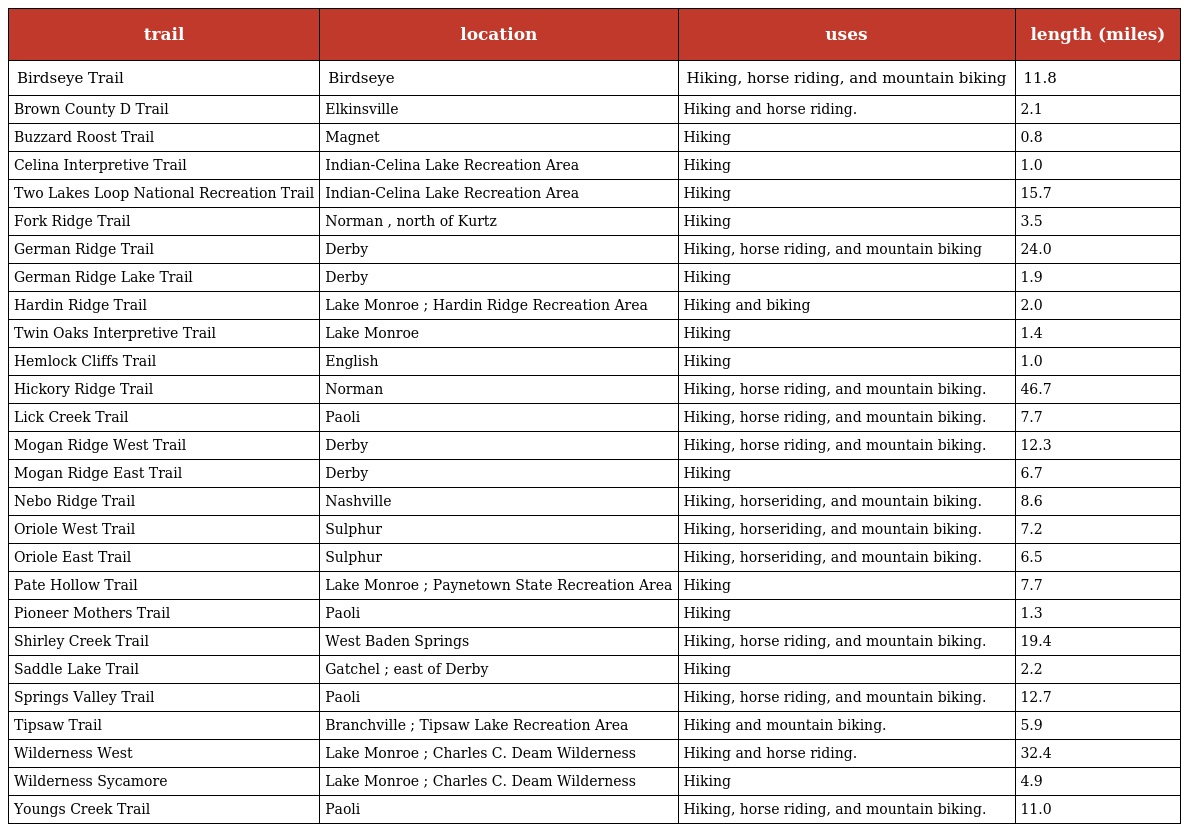
| trail | location | uses | length (miles) |
 | --- | --- | --- | --- |
 | Birdseye Trail | Birdseye | Hiking, horse riding, and mountain biking | 11.8 |
 | Brown County D Trail | Elkinsville | Hiking and horse riding. | 2.1 |
 | Buzzard Roost Trail | Magnet | Hiking | 0.8 |
 | Celina Interpretive Trail | Indian-Celina Lake Recreation Area | Hiking | 1.0 |
 | Two Lakes Loop National Recreation Trail | Indian-Celina Lake Recreation Area | Hiking | 15.7 |
 | Fork Ridge Trail | Norman , north of Kurtz | Hiking | 3.5 |
 | German Ridge Trail | Derby | Hiking, horse riding, and mountain biking | 24.0 |
 | German Ridge Lake Trail | Derby | Hiking | 1.9 |
 | Hardin Ridge Trail | Lake Monroe ; Hardin Ridge Recreation Area | Hiking and biking | 2.0 |
 | Twin Oaks Interpretive Trail | Lake Monroe | Hiking | 1.4 |
 | Hemlock Cliffs Trail | English | Hiking | 1.0 |
 | Hickory Ridge Trail | Norman | Hiking, horse riding, and mountain biking. | 46.7 |
 | Lick Creek Trail | Paoli | Hiking, horse riding, and mountain biking. | 7.7 |
 | Mogan Ridge West Trail | Derby | Hiking, horse riding, and mountain biking. | 12.3 |
 | Mogan Ridge East Trail | Derby | Hiking | 6.7 |
 | Nebo Ridge Trail | Nashville | Hiking, horseriding, and mountain biking. | 8.6 |
 | Oriole West Trail | Sulphur | Hiking, horseriding, and mountain biking. | 7.2 |
 | Oriole East Trail | Sulphur | Hiking, horseriding, and mountain biking. | 6.5 |
 | Pate Hollow Trail | Lake Monroe ; Paynetown State Recreation Area | Hiking | 7.7 |
 | Pioneer Mothers Trail | Paoli | Hiking | 1.3 |
 | Shirley Creek Trail | West Baden Springs | Hiking, horse riding, and mountain biking. | 19.4 |
 | Saddle Lake Trail | Gatchel ; east of Derby | Hiking | 2.2 |
 | Springs Valley Trail | Paoli | Hiking, horse riding, and mountain biking. | 12.7 |
 | Tipsaw Trail | Branchville ; Tipsaw Lake Recreation Area | Hiking and mountain biking. | 5.9 |
 | Wilderness West | Lake Monroe ; Charles C. Deam Wilderness | Hiking and horse riding. | 32.4 |
 | Wilderness Sycamore | Lake Monroe ; Charles C. Deam Wilderness | Hiking | 4.9 |
 | Youngs Creek Trail | Paoli | Hiking, horse riding, and mountain biking. | 11.0 |